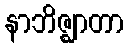
နာဘိဇ္ဈာတာ